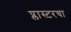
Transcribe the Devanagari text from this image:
प्लास्टरचा